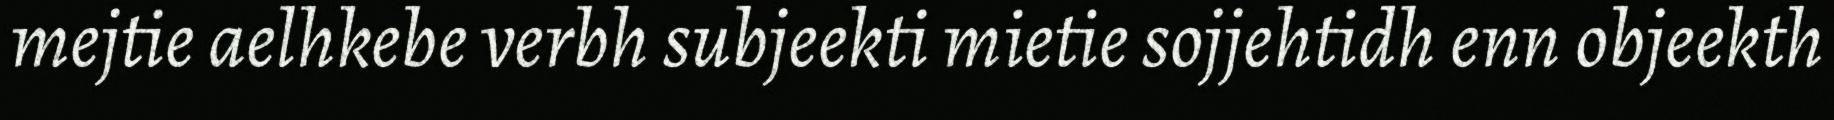
mejtie aelhkebe verbh subjeekti mietie sojjehtidh enn objeekth